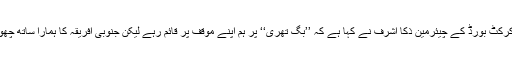
دریں اثناء پاکستان کرکٹ بورڈ کے چیئرمین ذکا اشرف نے کہا ہے کہ ’’بگ تھری‘‘ پر ہم اپنے موقف پر قائم رہے لیکن جنوبی افریقہ کا ہمارا ساتھ چھوڑنے پر افسوس ہوا۔